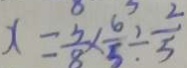
x = \frac { 5 } { 8 } \times \frac { 6 } { 5 } \div \frac { 2 } { 5 }